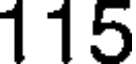
115